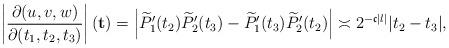
LaTeX: \begin{align*}\left|\frac{\partial(u,v,w)}{\partial(t_1,t_2,t_3)}\right|(\mathbf{t})=\left|\widetilde{P}_1'(t_2)\widetilde{P}_2'(t_3)-\widetilde{P}_1'(t_3)\widetilde{P}_2'(t_2)\right|\asymp 2^{-\mathfrak{c}|l|}|t_2-t_3|, \end{align*}